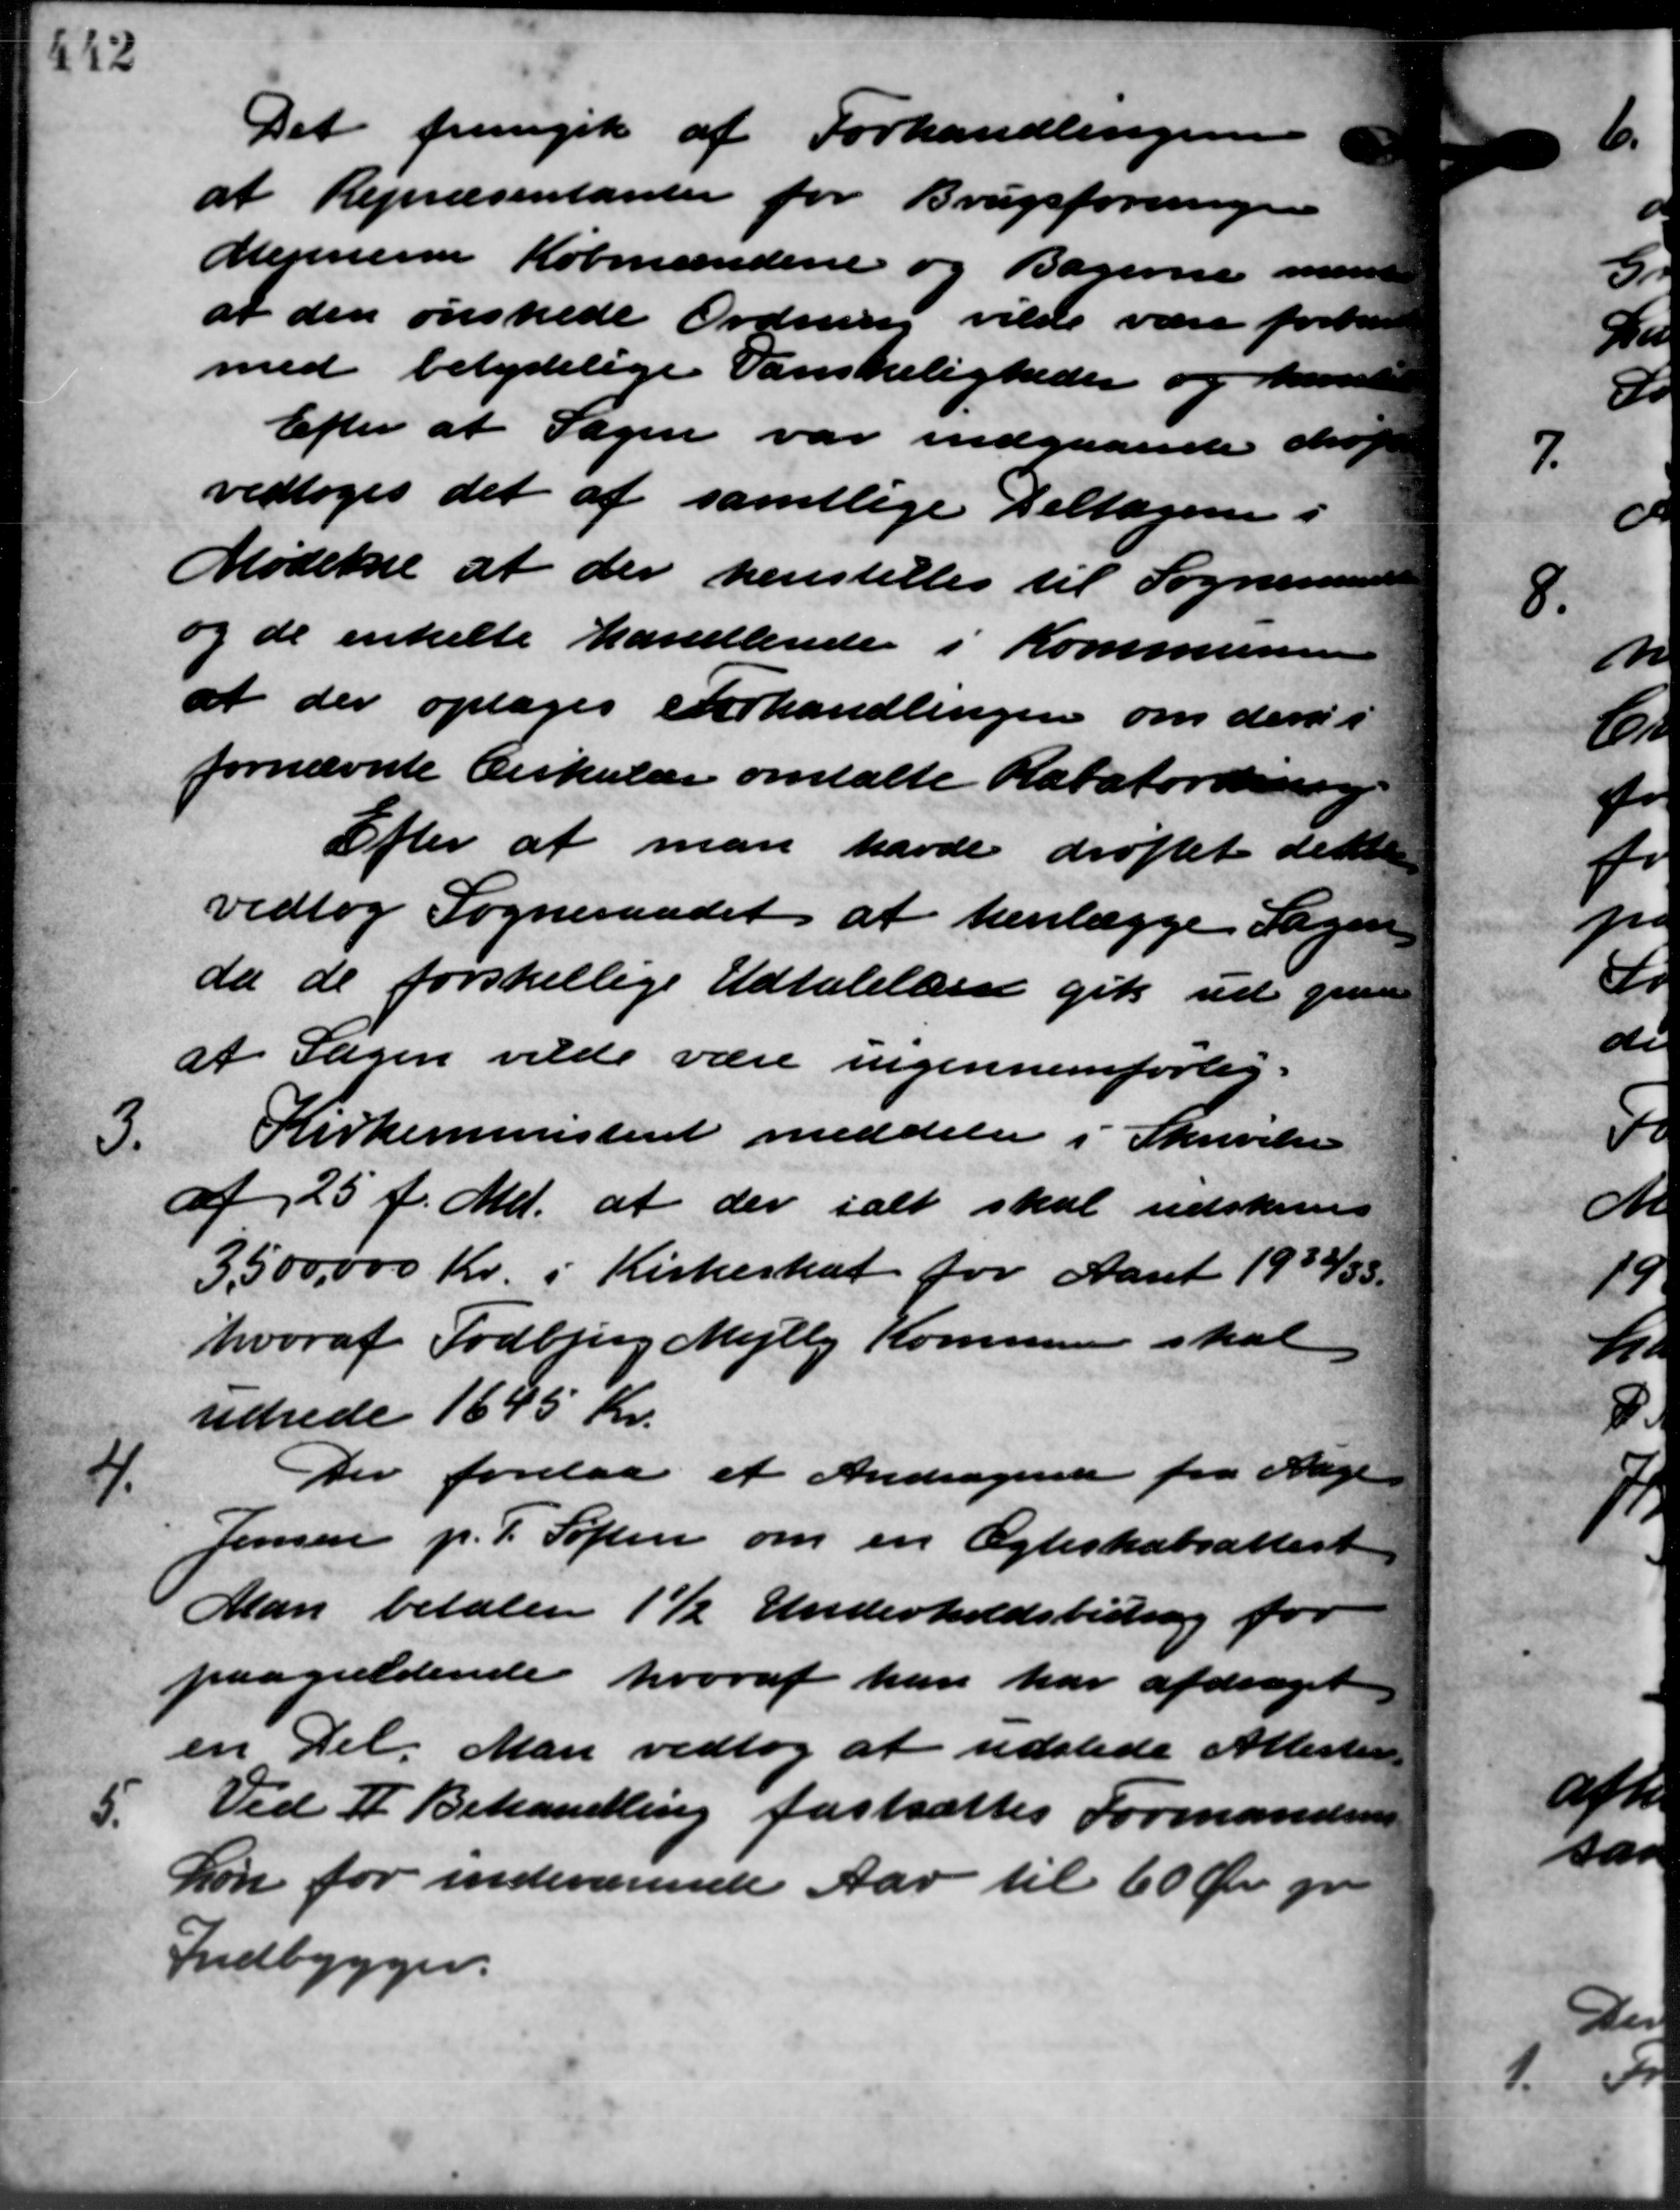
Transskription:
Det fremgik af Forhandlingen
at Repræsentanter for Brugsforeningen
Mejerierne Købmandene og Bagerne man
at den ønskede Ordning vilde være forhand
med betydelige Vanskeligheder og hende
Efter at Sagen var indgaaende dog
vedtoges det af samtlige Deltagene i
Mødet at der henstilles til Sogneraadet
og de enkelte handlende i Kommunen
at der optages Forhandlingen om der i
fornævnte Cirkulære omtalte Rabafordring
Efter at man havde drøftet dette
vedtog Sogneraadet at henlægge Sagen
da de forskellige Udtalelser gik ud give
at Sagen vilde være ingennemførlig.
3.
Kirkeministeriet meddeler i Skrivelse
af 25 f. Md. at der ialt skal udskrives
3.500.000 Kr. i Kirkeskat for Aaret 1932/3
hvoraf Todbjerg Mejlby Kommunen skal
udrede 1645 Kr.
4.
Der forelaa et Andragende fra Aare
Jensen p. P. Søften om en Ægteskabsattest
Man betaler 1½ Underholdsbidrag for
paagældende hvoraf han har afdraget
en Del Man vedtog at udstede Atteste
5.
Ved II Behandling fastsættes Formanden
Løn for indeværende Aar til 60 Øre pr.
Indbygger.